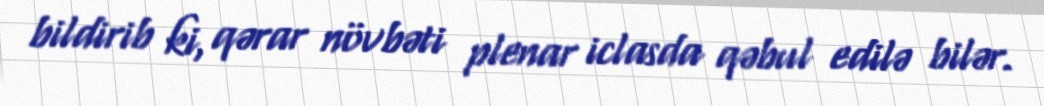
bildirib ki, qərar növbəti plenar iclasda qəbul edilə bilər.